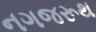
નગજરૂથ